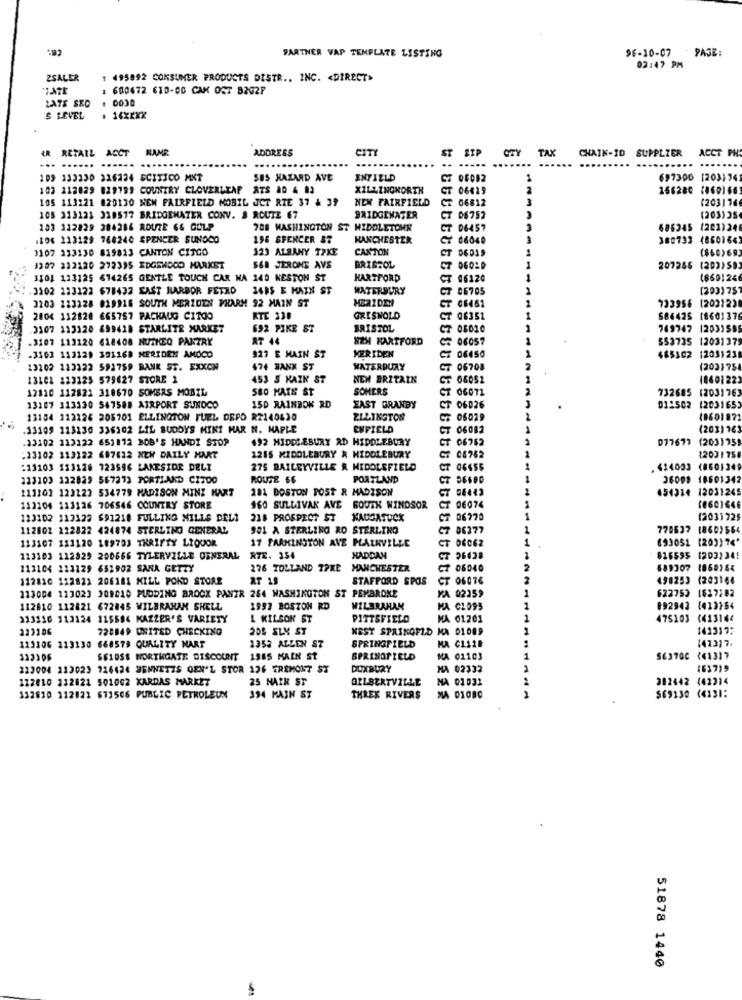
96-10-07
PAGE:
PARTNER VAP TEMPLATE LISTING
02:47 PM
ZSALER
1 495892 CONSUMER PRODUCTS DISTR .. INC. < DIRECT>
1 600472 610-00 CAK OST B202P
LATS SEO
.
S LEVEL
ADDRESS
CITY
ST SIP
TAX
CHAIN-ID
SUPPLIER
ACCT PH
IR RETAIL ACCT
... ...... ......
.. .....
.....
109 133330 316224 SCITICO MKT
SBS HAZARD AVE
ENFIELD
CT 06082
697300 [203174
103 212029 829799 COUNTRY CLOVERLEAF
XILLINONORTH
CT 06429
166280 (0601663
105 113121 820130 NEN FAIRFIELD MOBIL JCT RIE 37 & 39
NEM FAIRFIELD
(203)76
CZ 06812
105 313121 319517 BRIDGEWATER CONV. & ROUTE 67
BRIDGEWATER
CT
08752
(203)35
103 112829 284286 ROUTE 66 GULP
788 WASHINGTON ST MIDDLETOWN
CT
06457
686245 (202)246
.IO6 113129 760240 SPENCER SUNOCO
196 SPENCER 87
MANCHESTER
CX 66040
380733 (8601643
1107 333130 819813 CANTON CITGO
123 ALBANY TAKE
CANTON
(860)693
CT 06019
1307 212120 292395 EDGEWOOD MARKET
S&# JERONE AVS
BRISTOL
207266 (202)59
3101 133125 614265 GENTLE TOUCH CAR NA 140 KESTON ST
HARTFORD
CT 06120
(6691246
3202 223122 678432 EAST HARBOR FETRO 3495 E MAXX ST
WATERBURY
CT 06705
[293)751
3203 123228 929918 SOUTH MERZDEN PHARM 92 MAIN ST
MER IDEN
₸ 06461
733956 (202123
2004 112820 665757 PACHAUG CITOO
RTE 338
GRISWOLD
T 06351
584425 [8601376
3107 113120 699418 STARLITE MARKET
692 PIKE ST
BRISTOL
CT 05010
769747 12031595
-3107 113120 618408 NUTKEG PANTRY
R7 44
NZH HARTFORD
06057
553735 1203137
MERIDEN
.3103 113129 391168 NERIDEM AMOCO
927 E MAIN ST
$85302 12031238
13202 123322 593759 BANK ST. EXXON
474 BANK ST
WATERDURY
CT 06708
(203175
13102 223125 579627 STORE 2
453 S KAZK ST
NEM BRZTALK
CT 08052
1060122
12110 112821 318670 SOMERS MOBIL
580 MATE ST
SOMERS
CT
CT 06071
732685 (2031763
13167 313330 547588 AIRPORT SUNOCO
150 RAINBOK RD
EAST GRANBY
₸ 06026
011502 (203165
13104 112125 205701 ELLINGTON FUEL DEPO R2140430
ELLINGTON
₹ 06029
13109 113130 336302 LIL BUDDYS MINT MAR N. MAPLE
CHFIELD
T 06082
(203) 763
33102 113122 653172 BOB'S HANDI STOP
$92 MIDDLEBURY AD HIDDLEBURY
077677
(203)758
CT 06762
:23102 113122 697422 NEW DAILY MART
1215 MIDDLEBURY & MIDDLEBURY
CT 08762
12031758
:11103 133128 723596 LAKESIDE DELI
275 BAILEYVILLE & MIDDLEFIELD
CT
CT 06655
. 424003 (8601249
223103 122829 567273 PORTIAKD CITOO
ROUTE 66
PORTLAND
CT
CT 06680
36009 18601342
111101 123223 534779 MADISON MINS HART
181 DOSTON POST & MADISON
654314 12031245
111104 113126 706546 COUNTRY STORE
150 SULLIVAN AVE SOUTH WINDSOR
CT 06074
(860)646
123102 113122 $91218 FULLING MILLS DEL1
218 PROSPECT ST
NAUGATUCK
T 06770
(2031725
112002 222822 424874 STERLING GENERAL
901 A STERLING RO STERLING
7 06377
770637 1860)56
113107 111120 189703 THRIFTY LIQUOR
17 FARMINGTON AVE PLAINVILLE
1
693051 (203)76'
CT 06062
123103 112329 200666 TYLERVILLE GENERAL
RTE. 354
HADDAM
CT 36428
616595 (203)34!
113104 113129 651902 SANA GETZY
276 TOLLAND 7PKE MANCHESTER
7 06040
2
689307 1860184
112810 112821 206181 KILL POKD STORE
AT 19
STAFFORD SPOS
CT 06076
498253 1203166
622753 1617282
113004 123023 309010 PUDDING BROOK PANZR 264 WASHINGTON ST PEMBROKE
KA 02259
112810 112821 672045 WILBRAHAM SHELL
1993 BOSTON RD
WILBRAHAM
MA CLO95
1
092942 (413154
313216 113124 115584 KAZZER'S VARIETY
1 KILSOK ST
PITTSFIELD
MA 01201
1
475103 (413144
223106
728849 UNITED CHECKING
205 SLX ST
NEST SPAINOFZD MA 01089
1413172
SPRINGFIELD
141317.
113106 113130 668579 QUALITY MART
1353 ALLEN S7
MA C112B
SSIOSS NORTHGATE DISCOUNT 1565 MAIN ST
SPRINGFIELD
MA 01103
1
S637QC <41317
223004 213023 916424 BENNETTS GEN'L STOR 136 TREMONT ST
DUXBURY
MA 02332
463719
122010 112821 501002 KARDAS MARKET
25 HAIR ST
GILBERTVILLE
MA 01032
382442 (42314
$69130 (4131:
132010 112021 671506 PUBLIC PETROLEUM
394 MAIN ST
THREE RIVERS
MA 01080
51878 1440